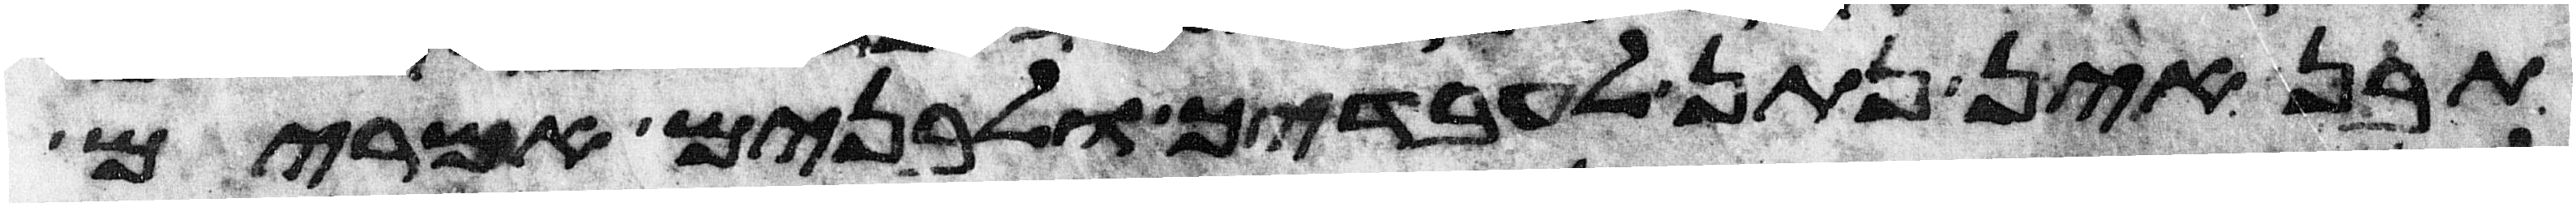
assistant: תבן אין נתן לעבדיך ולבנים אמרים